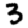
Digit: 3